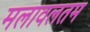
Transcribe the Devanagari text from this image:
मलावलतम